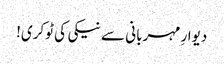
دیوارِ مہربانی سے نیکی کی ٹوکری!